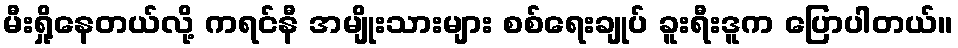
မီးရှို့နေတယ်လို့ ကရင်နီ အမျိုးသားများ စစ်ရေးချုပ် ခူးရီးဒူက ပြောပါတယ်။